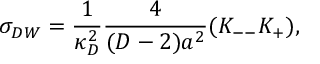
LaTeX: \sigma _ { D W } = { \frac { 1 } { \kappa _ { D } ^ { 2 } } } { \frac { 4 } { ( D - 2 ) a ^ { 2 } } } ( K _ { -- } K _ { + } ) ,